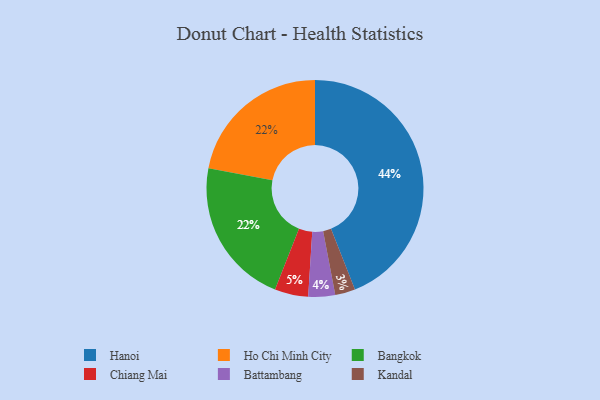
{"axis": {"x": "Category", "y": "Percentage"}, "legend": ["Bangkok", "Battambang", "Chiang Mai", "Hanoi", "Ho Chi Minh City", "Kandal"], "data": [{"x": "Chiang Mai", "y": 5, "type": "Chiang Mai"}, {"x": "Battambang", "y": 4, "type": "Battambang"}, {"x": "Kandal", "y": 3, "type": "Kandal"}, {"x": "Ho Chi Minh City", "y": 22, "type": "Ho Chi Minh City"}, {"x": "Bangkok", "y": 22, "type": "Bangkok"}, {"x": "Hanoi", "y": 44, "type": "Hanoi"}]}